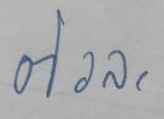
ตัวละ